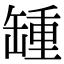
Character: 𦉂